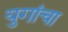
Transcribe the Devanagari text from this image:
युगांचा